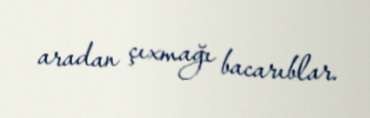
aradan çıxmağı bacarıblar.